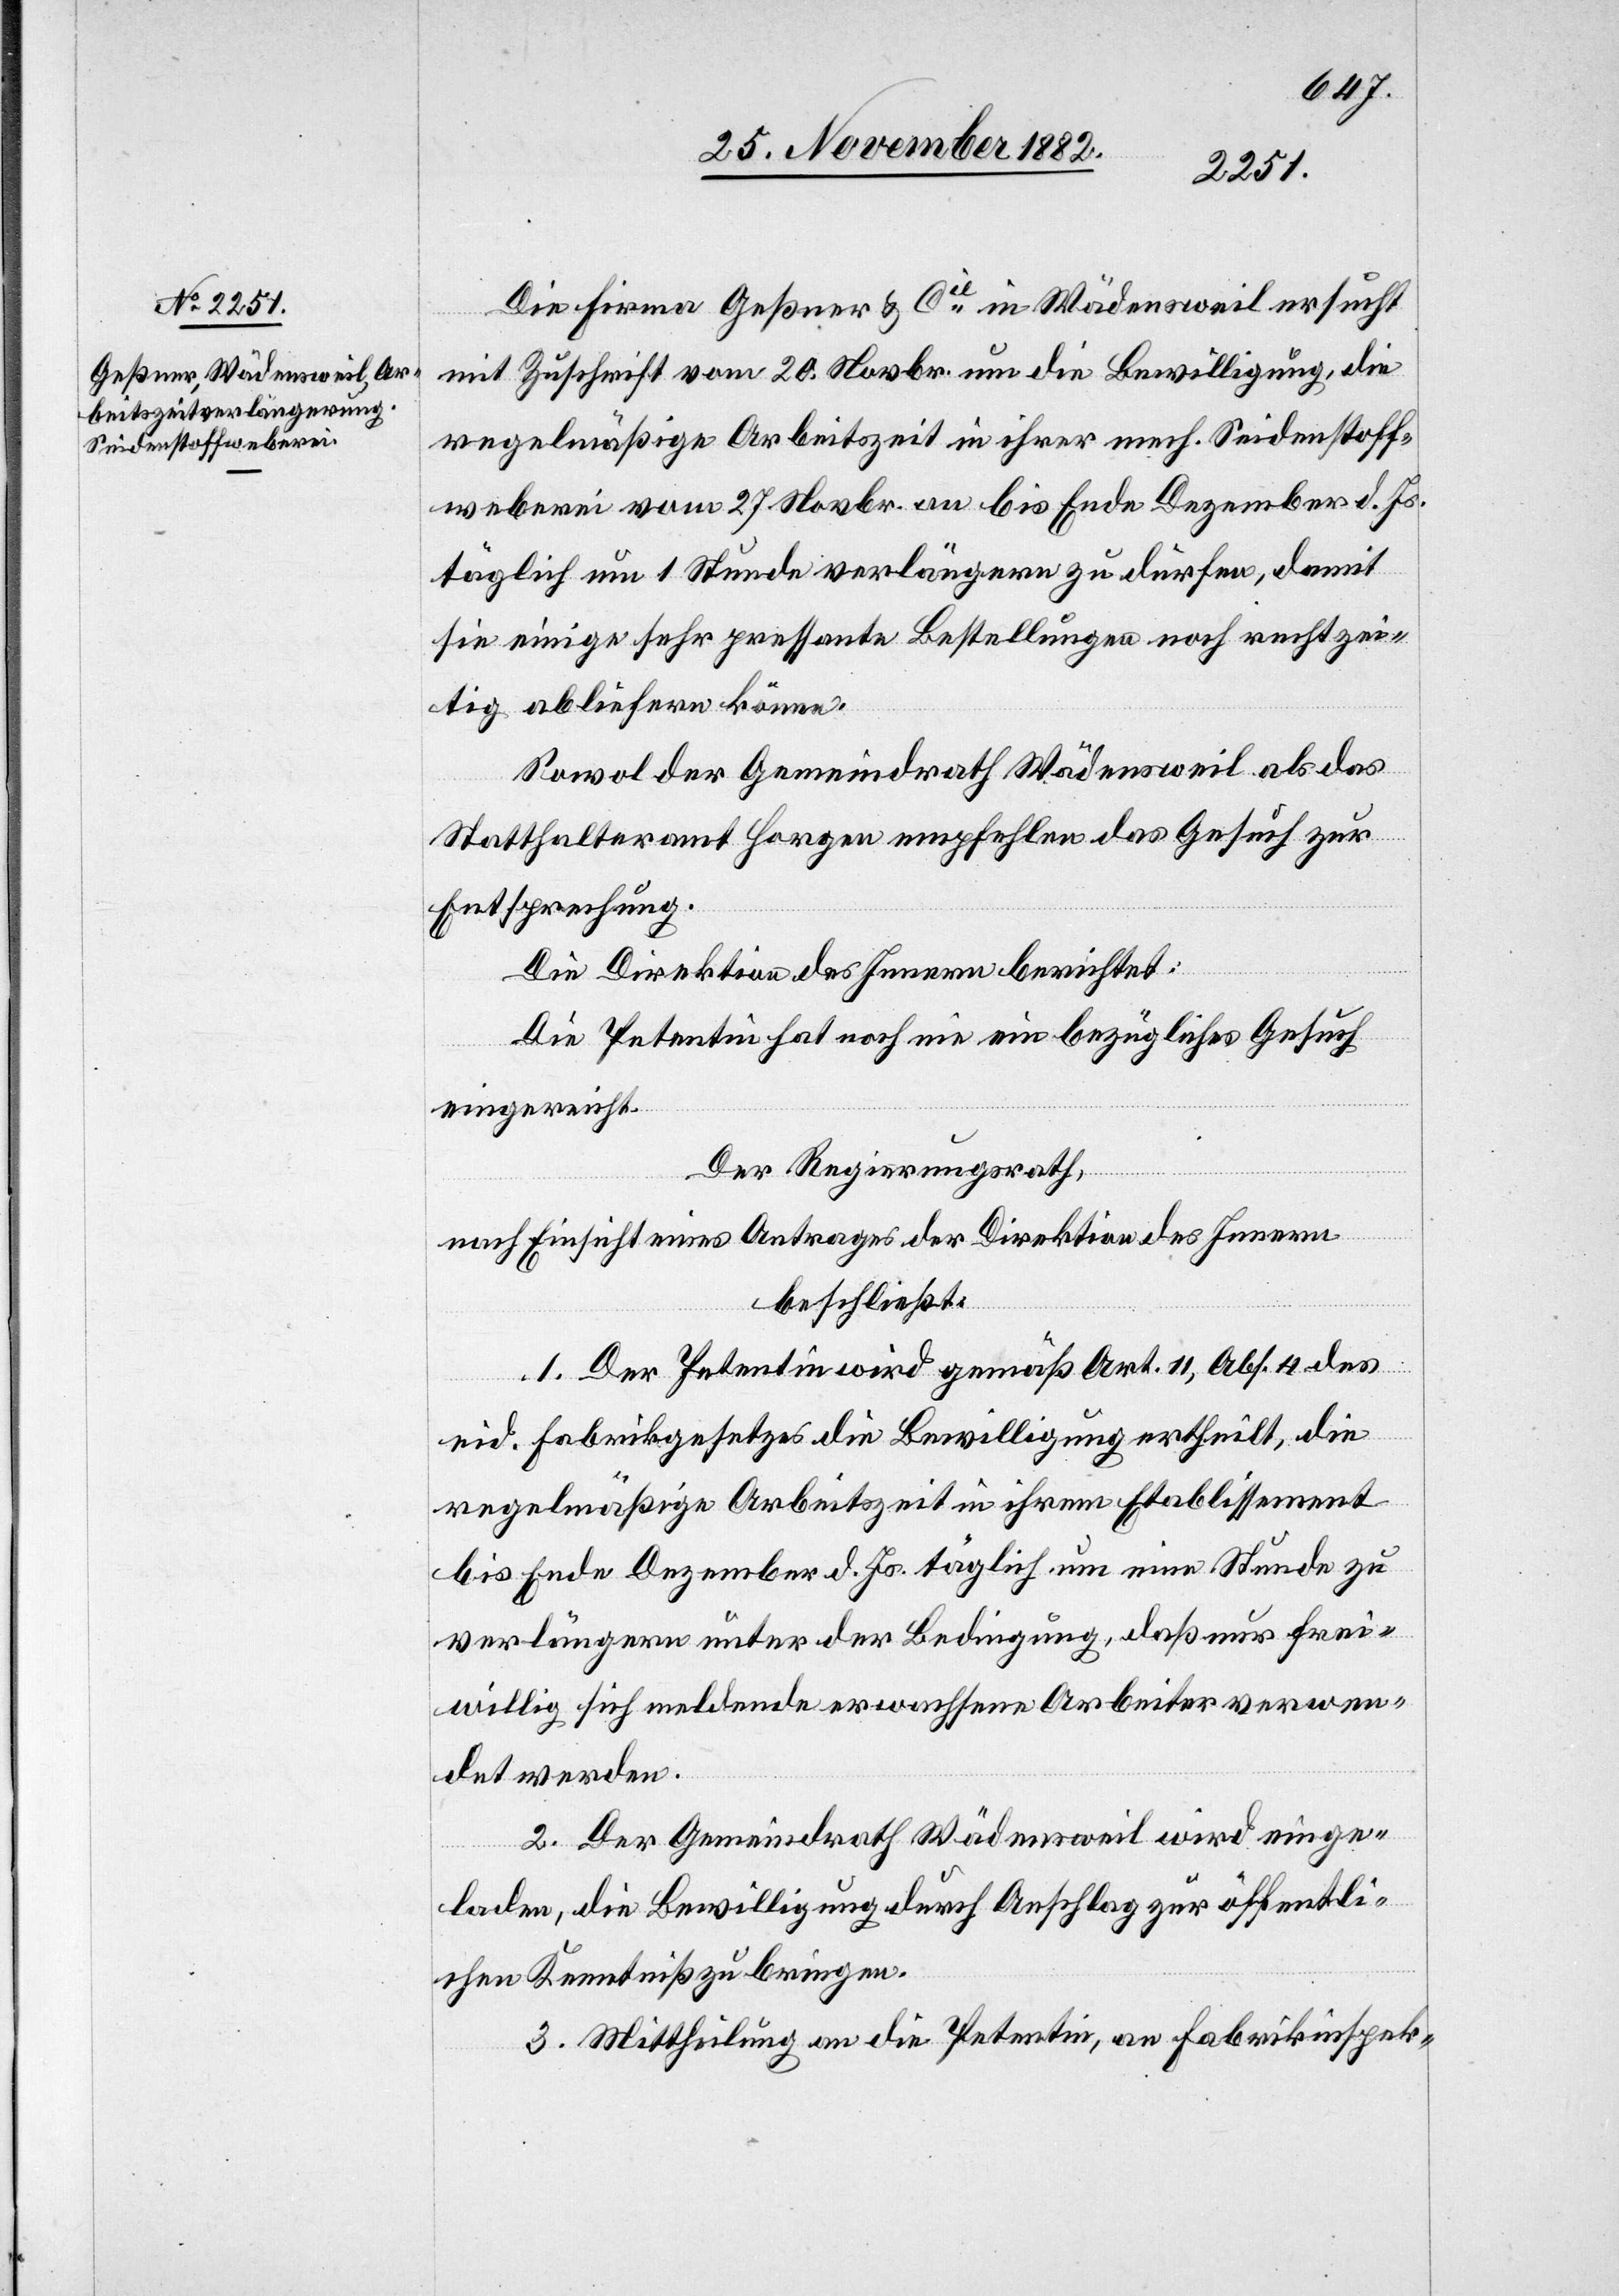
Die Firma Geßner & Cie in Wädensweil ersucht
mit Zuschrift vom 20. Novbr. um die Bewilligung, die
regelmäßige Arbeitszeit in ihrer mech. Seidenstoff¬
weberei vom 27. Novbr. an bis Ende Dezember d. Js.
täglich um 1 Stunde verlängern zu dürfen, damit
sie einige sehr pressante Bestellungen noch rechtzei¬
tig abliefern könne.
Sowol der Gemeindrath Wädensweil als das
Statthalteramt Horgen empfehlen das Gesuch zur
Entsprechung.
Die Direktion des Innern berichtet:
Die Petentin hat noch nie ein bezügliches Gesuch
eingereicht.
Der Regierungsrath,
nach Einsicht eines Antrages der Direktion des Innern,
beschließt:
1. Der Petentin wird gemäß Art. 11, Abs. 4 des
eid. Fabrikgesetzes die Bewilligung ertheilt, die
regelmäßige Arbeitszeit in ihrem Etablissement
bis Ende Dezember d. Js. täglich um eine Stunde zu
verlängern unter der Bedingung, daß nur frei¬
willig sich meldende erwachsene Arbeiter verwen¬
det werden.
2. Der Gemeindrath Wädensweil wird einge¬
laden, die Bewilligung durch Anschlag zur öffentli¬
chen Kenntniß zu bringen.
3. Mittheilung an die Petentin, an Fabrikinspek-